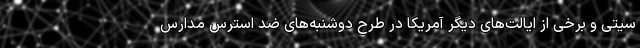
سیتی و برخی از ایالت‌های دیگر آمریکا در طرح دوشنبه‌های ضد استرس مدارس